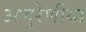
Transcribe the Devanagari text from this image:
अणुरेणीया